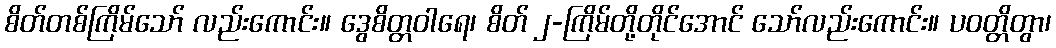
စိတ်တစ်ကြိမ်သော် လည်းကောင်း။ ဒွေစိတ္တဝါရေ၊ စိတ် ၂-ကြိမ်တို့တိုင်အောင် သော်လည်းကောင်း။ ပဝတ္တိတွာ၊